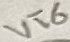
Text: VT6